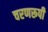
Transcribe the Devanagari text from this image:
चरणरूपी